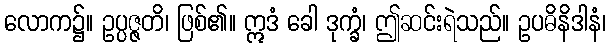
လောက၌။ ဥပ္ပဇ္ဇတိ၊ ဖြစ်၏။ ဣဒံ ခေါ ဒုက္ခံ၊ ဤဆင်းရဲသည်။ ဥပဓိနိဒါနံ၊